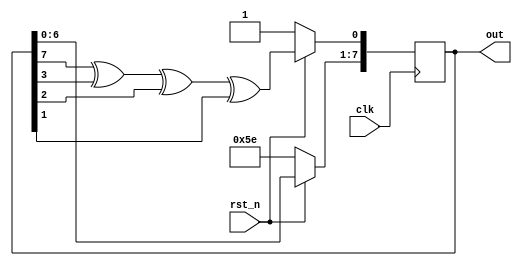
`timescale 1ns/1ps

module Many_To_One_LFSR(clk, rst_n, out);
input clk;
input rst_n;
output reg [7:0] out;

wire in_DFF0;

always @(posedge clk) begin
    if(rst_n == 1'b0)
        out <= 8'b10111101;
    else begin
        out [7:1] <= out[6:0];
        out[0] <= in_DFF0;
    end
end

assign in_DFF0 = out[7] ^ out[3] ^ out[2] ^ out[1]; 

endmodule